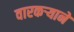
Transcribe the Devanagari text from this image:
वारकर्‍याने